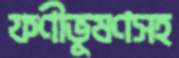
ফণীভূষণসহ